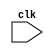
//
// Module Name: Sudoku 
// Description: A Sudoku grid model by a register to be formally solved with SymbiYosys
//            

module sudoku (
    input clk
);

    // Internal 9x9 grid to make operations more intuitive
    // (* Keep *) prevent the register from getting discard during synthesis
    (* keep *) reg [3:0] sudoku_grid[8:0][8:0];

    `ifdef FORMAL
    // declaration of for loop variables
    genvar box_row, box_col, i, j, k, m, n;

    // assume all the digits are between 1 and 9
    generate
        for(i = 0; i < 9; i = i + 1) begin : digit_assumption_i
            for(j = 0; j < 9; j = j + 1) begin: digit_assumption_j
                always @(posedge clk) begin
                    assume(sudoku_grid[i][j] <= 4'd9); 
                    assume(sudoku_grid[i][j] >= 4'd1);
                end
            end
        end 
    endgenerate
    

    // assume all digits in a row are all different
    generate
        for(i = 0; i < 9; i = i + 1) begin: row_check
            for(j = 0; j < 9; j = j + 1) begin: column_j
                for(k = j + 1; k < 9; k = k + 1) begin: column_k
                    always @(posedge clk) begin
                        assume(sudoku_grid[i][j] !== sudoku_grid[i][k]);
                    end
                end
            end
        end 
    endgenerate

    // assume all digits in a column are all different
    generate
        for(i = 0; i < 9; i = i + 1) begin: column_check
            for(j = 0; j < 9; j = j + 1) begin: row_j
                for(k = j + 1; k < 9; k = k + 1) begin: row_k
                    always @(posedge clk) begin
                        assume(sudoku_grid[j][i] !== sudoku_grid[k][i]);
                    end
                end
            end
        end
    endgenerate
    

   // assume all digits in a square are all different
    generate
        for(box_row = 0; box_row < 3; box_row = box_row + 1) begin: box_row_check
            for(box_col = 0; box_col < 3; box_col = box_col + 1) begin: box_col_check
                for(i = 0; i < 3; i = i + 1) begin: row_i_check
                    for(j = 0; j < 3; j = j + 1) begin: col_j_check
                        for(m = 0; m < 3; m = m + 1) begin: row_m_check
                            for(n = 0; n < 3; n = n + 1) begin: col_n_check
                                if(i !== m || j !== n) begin // Make sure we're not comparing the same cell to itself
                                    always @(posedge clk) begin
                                        assume(sudoku_grid[(3*box_row)+i][(3*box_col)+j] !== sudoku_grid[(3*box_row)+m][(3*box_col)+n]);
                                    end
                                end
                            end
                        end
                    end
                end
            end
        end
    endgenerate

    // assume the intial grid
    always @(posedge clk) begin : initialization
        //line 1
        assume(sudoku_grid[0][0]==5);
        assume(sudoku_grid[0][2]==7);
        assume(sudoku_grid[0][3]==2);
        assume(sudoku_grid[0][7]==9);
        //line 2
        assume(sudoku_grid[1][2]==6);
        assume(sudoku_grid[1][4]==3);
        assume(sudoku_grid[1][6]==7);
        assume(sudoku_grid[1][8]==1);
        //line 3
        assume(sudoku_grid[2][0]==4);
        assume(sudoku_grid[2][7]==6);
        //line 4
        assume(sudoku_grid[3][0]==1);
        assume(sudoku_grid[3][3]==4);
        assume(sudoku_grid[3][4]==9);
        assume(sudoku_grid[3][8]==7);
        //line 5
        assume(sudoku_grid[4][3]==5);
        assume(sudoku_grid[4][5]==8);
        //line 6
        assume(sudoku_grid[5][0]==8);
        assume(sudoku_grid[5][4]==2);
        assume(sudoku_grid[5][5]==7);
        assume(sudoku_grid[5][8]==5);
        //line 7
        assume(sudoku_grid[6][1]==7);
        assume(sudoku_grid[6][8]==9);
        //line 8
        assume(sudoku_grid[7][0]==2);
        assume(sudoku_grid[7][2]==9);
        assume(sudoku_grid[7][4]==8);
        assume(sudoku_grid[7][6]==6);
        //line 9
        assume(sudoku_grid[8][1]==4);
        assume(sudoku_grid[8][5]==9);
        assume(sudoku_grid[8][6]==3);
        assume(sudoku_grid[8][8]==8);
    end

    // Assert that "sum" cannot be equal to 45
    wire [5:0] sum;
    assign sum = sudoku_grid[0][0] +
                 sudoku_grid[0][1] +
                 sudoku_grid[0][2] +
                 sudoku_grid[0][3] +
                 sudoku_grid[0][4] +
                 sudoku_grid[0][5] +
                 sudoku_grid[0][6] +
                 sudoku_grid[0][7] +
                 sudoku_grid[0][8];

    always @(*) begin
        cover(sum==6'd45);
    end
    `endif
endmodule